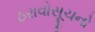
ઠરાવોસૂચનો